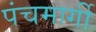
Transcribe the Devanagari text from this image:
पंचमार्गी